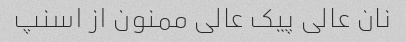
نان عالی پیک عالی ممنون از اسنپ